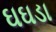
ઘઘડા